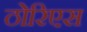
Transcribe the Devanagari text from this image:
ठोरिएस